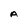
Character: A